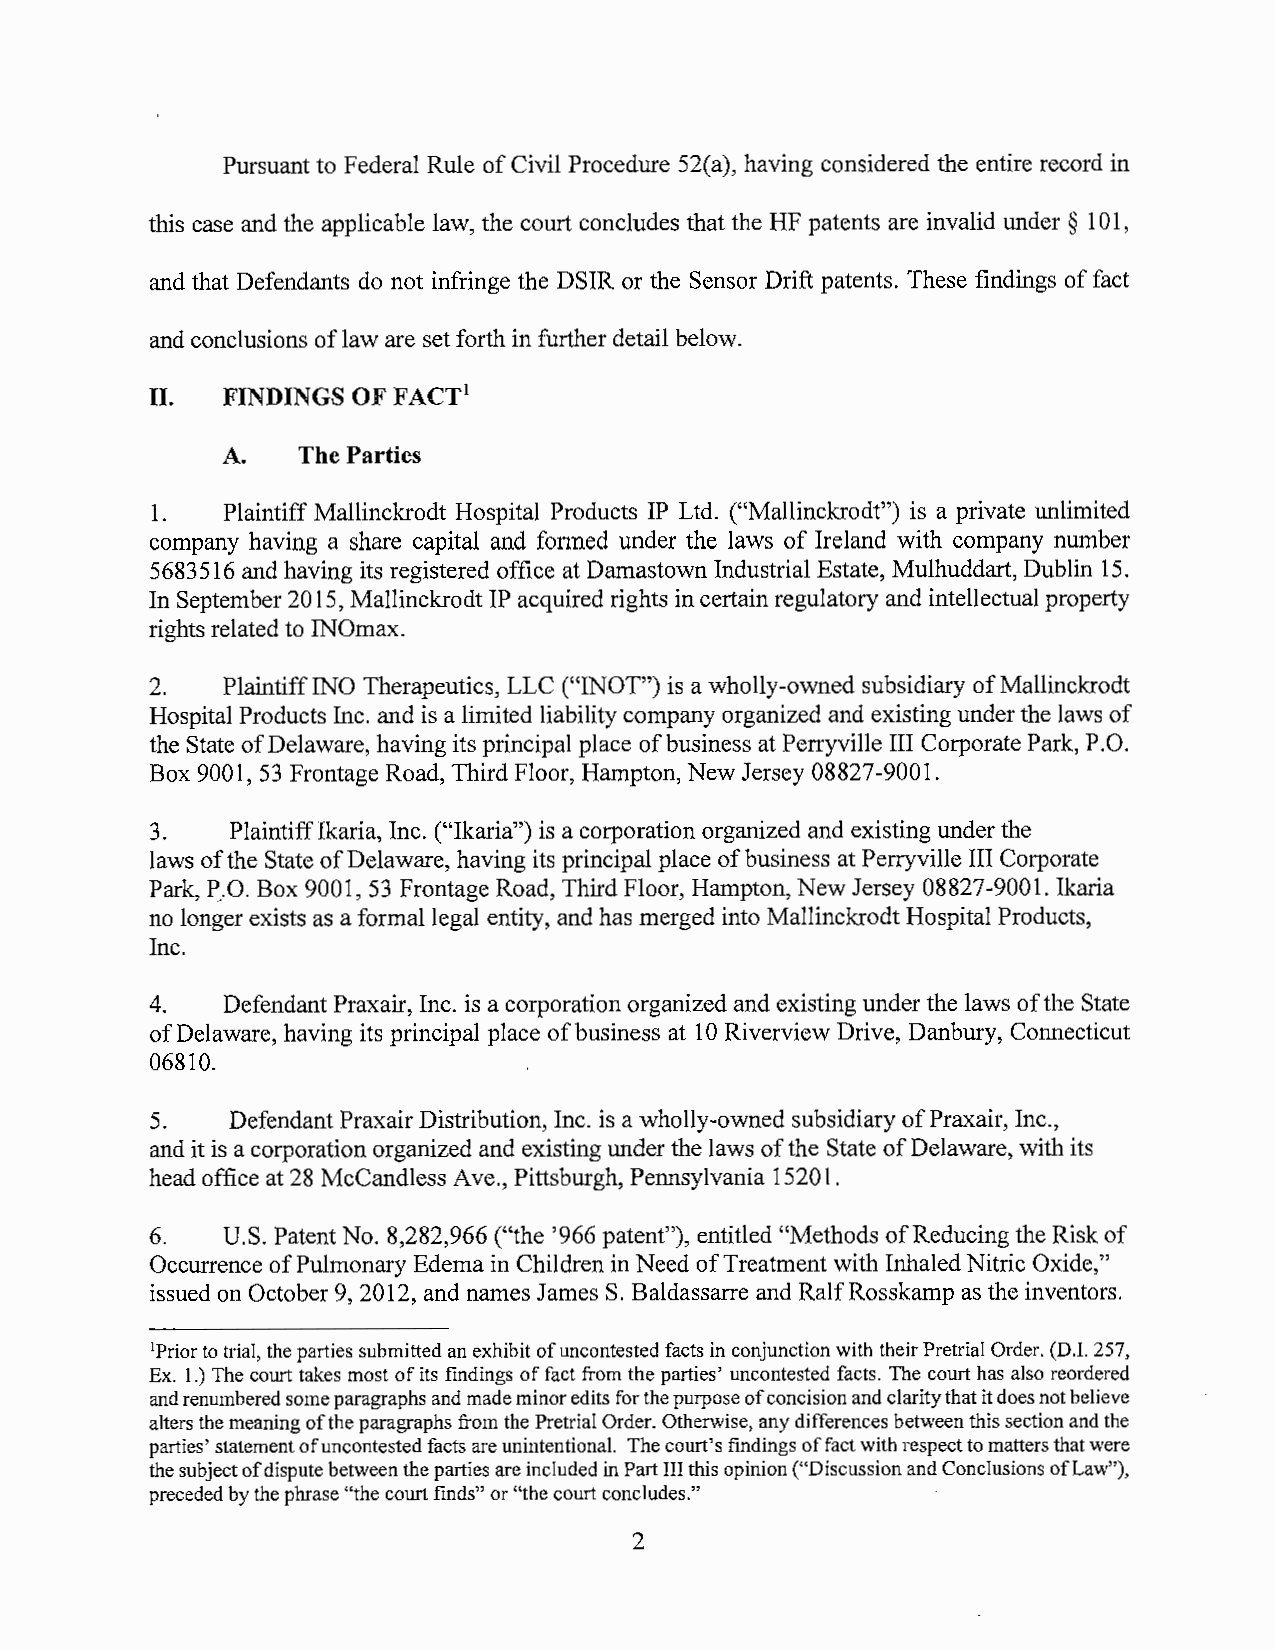
Pursuant to Federal Rule of Civil Procedure 52(a), having considered the entire record in
 this case and the applicable law, the court concludes that the HF patents are invalid under § 101,
 and that Defendants do not infringe the DSIR or the Sensor Drift patents. These findings of fact
 and conclusions of law are set forth in further detail below.
 II.  FINDINGS OF FACT1
 A.   The Parties
 1.   Plaintiff Mallinckrodt Hospital Products IP Ltd. ("Mallinckrodt") is a private unlimited
 company having a share capital and formed under the laws of Ireland with company number
 5683516 and having its registered office at Damastown Industrial Estate, Mulhuddart, Dublin 15.
 In September 2015, Mallinckrodt IP acquired rights in certain regulatory and intellectual property
 rights related to INOmax.
 2.   Plaintiff INO Therapeutics, LLC ("INOT") is a wholly-owned subsidiary of Mallinckrodt
 Hospital Products Inc. and is a limited liability company organized and existing under the laws of
 the State of Delaware, having its principal place of business at Perryville III Corporate Park, P.O.
 Box 9001, 53 Frontage Road, Third Floor, Hampton, New Jersey 08827-9001.
 3.   Plaintiff Ikaria, Inc. ("Ikaria") is a corporation organized and existing under the
 laws of the State of Delaware, having its principal place of business at Perryville III Corporate
 Park, P,.O. Box 9001, 53 Frontage Road, Third Floor, Hampton, New Jersey 08827-9001. Ikaria
 no longer exists as a formal legal entity, and has merged into Mallinckrodt Hospital Products,
 Inc.
 4.   Defendant Praxair, Inc. is a corporation organized and existing under the laws of the State
 of Delaware, having its principal place of business at 10 Riverview Drive, Danbury, Connecticut
 06810.
 5.   Defendant Praxair Distribution, Inc. is a wholly-owned subsidiary of Praxair, Inc.,
 and it is a corporation organized and existing under the laws of the State of Delaware, with its
 head office at 28 McCandless Ave., Pittsburgh, Pennsylvania 15201.
 6.   U.S. Patent No. 8,282,966 ("the '966 patent"), entitled "Methods of Reducing the Risk of
 Occurrence of Pulmonary Edema in Children in Need of Treatment with Inhaled Nitric Oxide,"
 issued on October 9, 2012, and names James S. Baldassarre and Ralf Rosskamp as the inventors.
 1Prior to trial, the parties submitted an exhibit of uncontested facts in conjunction with their Pretrial Order. (D.I. 257,
 Ex. 1.) The court takes most of its findings of fact from the parties' uncontested facts. The court has also reordered
 and renumbered some paragraphs and made minor edits for the purpose of concision and clarity that it does not believe
 alters the meaning of the paragraphs from the Pretrial Order. Otherwise, any differences between this section and the
 parties' statement of uncontested facts are unintentional. The court's findings of fact with respect to matters that were
 the subject of dispute between the parties are included in Part III this opinion ("Discussion and Conclusions of Law"),
 preceded by the phrase "the court finds" or "the court concludes."
 2